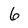
Character: 6